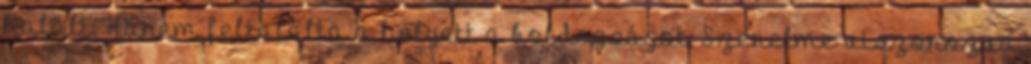
halált. Hanem feltalálta a helyett a boldogságot. Szerelme viszonozva